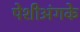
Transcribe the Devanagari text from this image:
पेशीअंगके